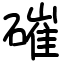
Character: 磪